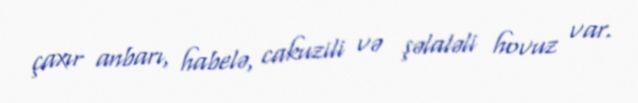
çaxır anbarı, habelə, cakuzili və şəlaləli hovuz var.